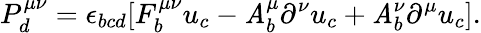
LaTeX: P_{d}^{\mu\nu}=\epsilon_{bcd}[F_{b}^{\mu\nu}u_{c}-\mathit{A}_{b}^{\mu}\partial^{\nu}u_{c}+\mathit{A}_{b}^{\nu}\partial^{\mu}u_{c}].